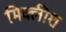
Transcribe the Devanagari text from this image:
मिक्लीश